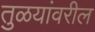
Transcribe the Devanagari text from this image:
तुळयांवरील